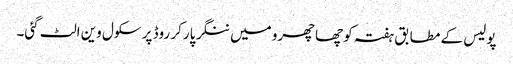
پولیس کے مطابق ہفتہ کو چھاچھرو میں ننگر پارکر روڈ پر سکول وین الٹ گئی۔